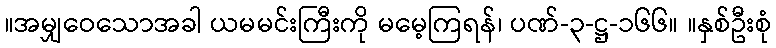
။အမျှဝေသောအခါ ယမမင်းကြီးကို မမေ့ကြရန်၊ ပဏ်-၃-ဋ္ဌ-၁၆၆။ ။နှစ်ဦးစုံ